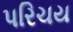
પરિચય